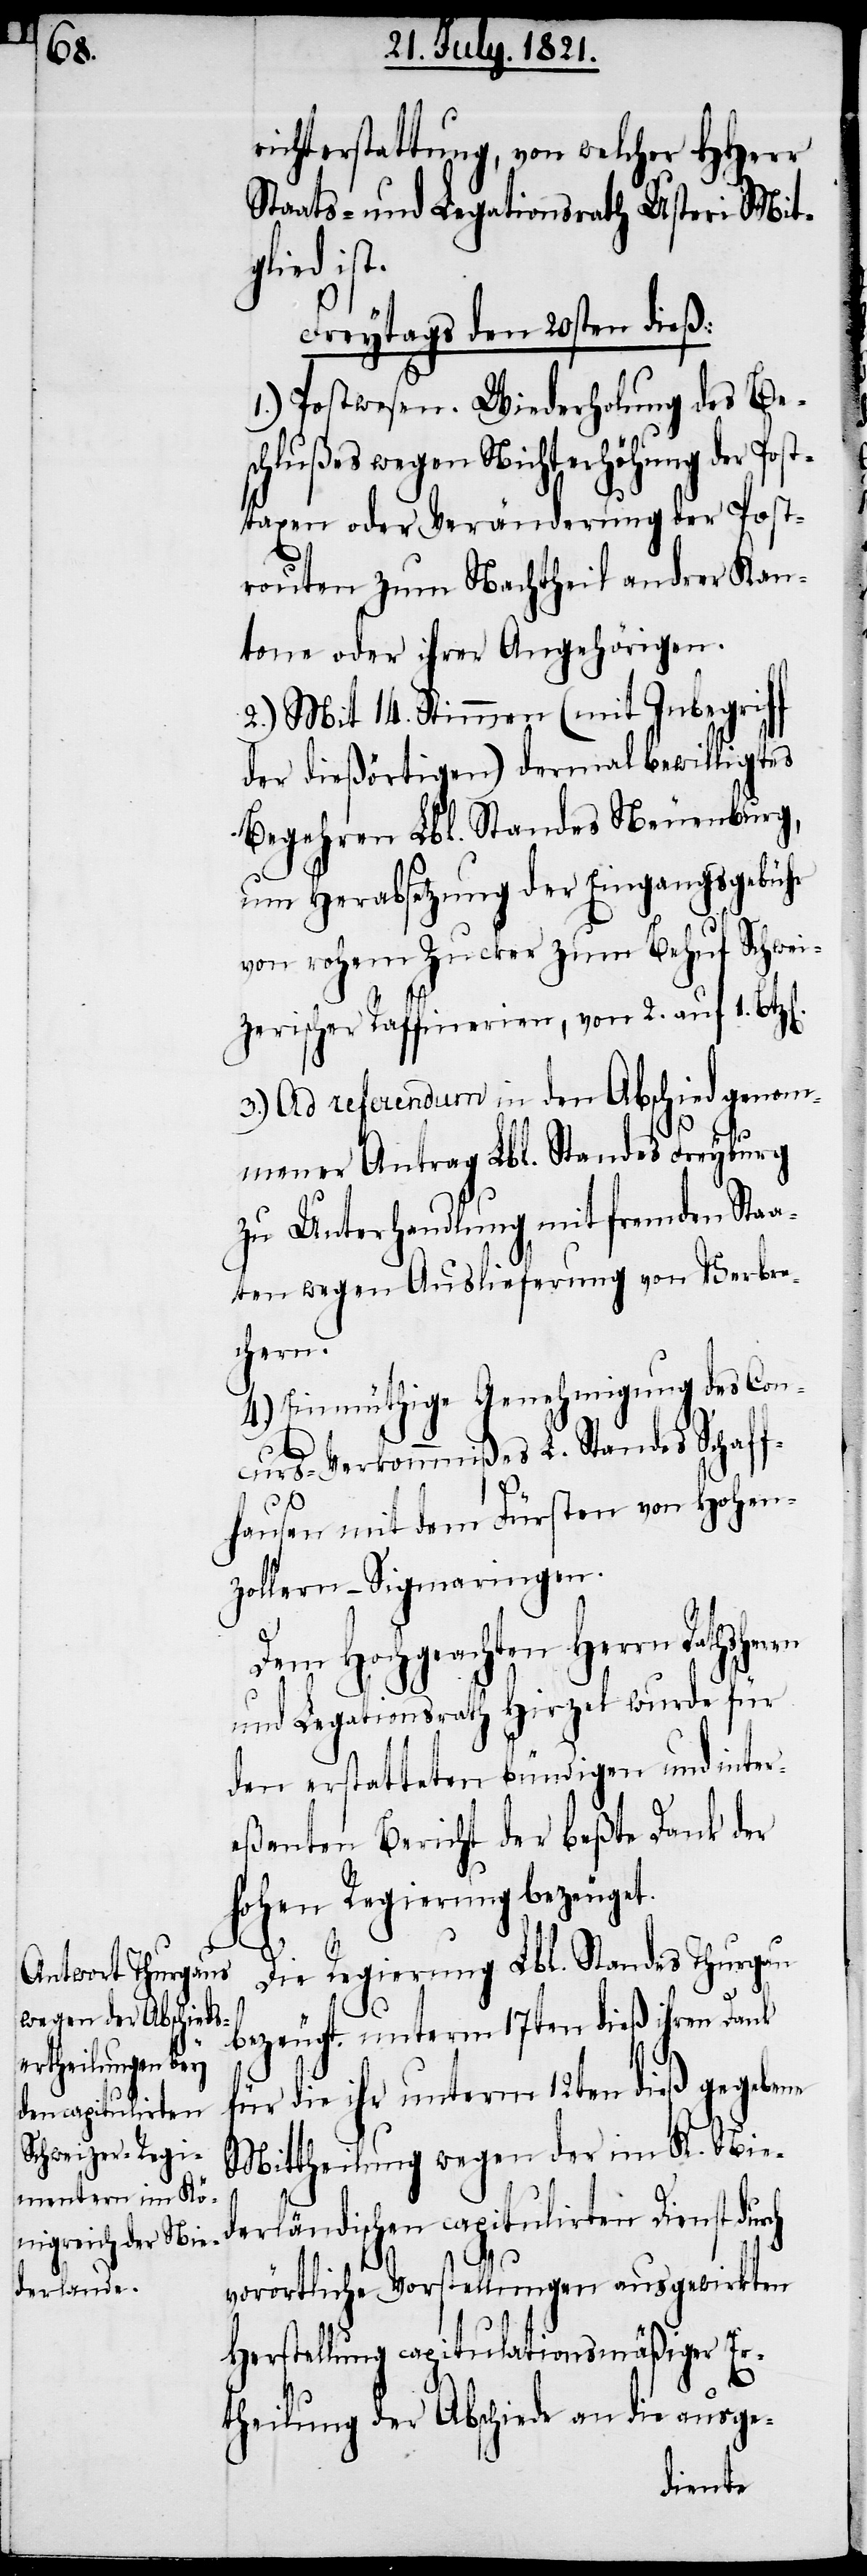
richterstattung, von welcher HHerr
Staats- und Legationsrath Usteri Mit¬
glied ist.
Freytags den 20sten dieß:
1.) Postwesen. Wiederholung des Bes¬
chlußes wegen Nichterhöhung der Pos¬
ttaxen oder Veränderung der Post¬
routen zum Nachtheil andrer Kan¬
tone oder ihrer Angehörigen.
2.) Mit 14. Stimmen (mit Inbegriff
der dießörtigen) dermal bewilligtes
Begehren Lbl. Standes Neuenburg,
um Herabsetzung der Eingangsgebühr
von rohem Zucker zum Behuf Schwei¬
zerischer Raffinerien, von 2. auf 1.
3.) Ad referendum in den Abschied genom¬
mener Antrag Lbl. Standes Freyburg
zu Unterhandlung mit fremden Staa¬
ten wegen Auslieferung von Verbre¬
chern.
4.) Einmüthige Genehmigung des Con¬
rn
curs-Verkommnißes L. Standes Schaff¬
hausen mit dem Fürsten von Hohen¬
zollern-Sigmaringen.
Dem Hochgeachten Herrn Rathsher¬
und Legationsrath Hirzel wurde für
den erstatteten bündigen und inter¬
eßanten Bericht der beßte Dank der
hohen Regierung bezeuget.
Die Regierung Lbl. Standes Thurgau
bezeugt unterm 17ten dieß ihren Dank
für die ihr unterm 12ten dieß gegebene
Mittheilung wegen der im K. Nie¬
derländischen capitulirten Dienst durch
vorörtliche Vorstellungen ausgewirkten
Herstellung capitulationsmäßiger Er¬
theilung der Abschiede an die ausge-